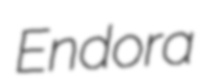
Endora